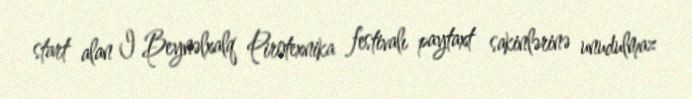
start alan I Beynəlxalq Pirotexnika festivalı paytaxt sakinlərinə unudulmaz